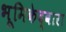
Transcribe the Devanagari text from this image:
भूमिकेद्वारा